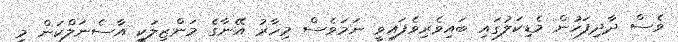
ވެސް ދާދިފަހުން މެޑިކަލުގައި ބައިވެރިވެފައިވީ ނަމަވެސް މިހާރު އޭނާގެ މަންޒިލަކީ އާސެނަލްކަން މި